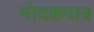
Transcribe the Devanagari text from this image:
मोदकपात्र